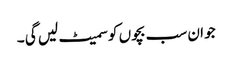
جو ان سب بچوں کو سمیٹ لیں گی ۔